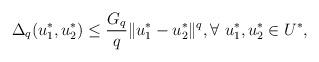
LaTeX: \begin{align*} \Delta_q(u_1^*, u_2^*) \leq \frac{G_q}{q}\|u_1^*-u_2^*\|^q, \forall \ u_1^*, u_2^* \in U^*, \end{align*}